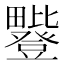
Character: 𪽥